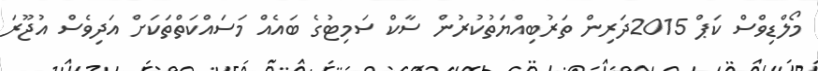
މޯލްޑިވްސް ކަޕް 2015ދަރިން ތަރުބިއްޔަތުކުރުން ސާކް ސަމިޓުގެ ބައެއް މަސައްކަތްތަކަށް އަދިވެސް އުޖޫރަ